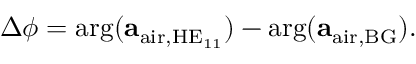
\begin{array} { r } { \Delta \phi = \arg ( \mathbf { a } _ { \mathrm { a i r } , \mathrm { H E } _ { 1 1 } } ) - \arg ( \mathbf { a } _ { \mathrm { a i r , B G } } ) . } \end{array}